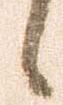
候